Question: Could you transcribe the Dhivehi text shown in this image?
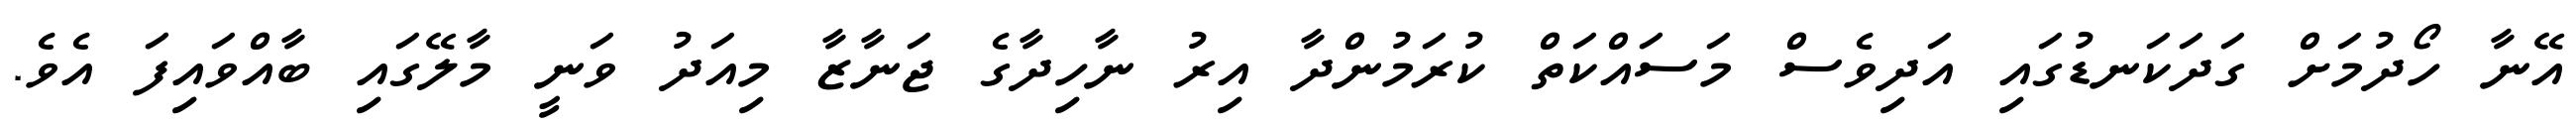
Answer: އޭނާ ހޯދުމަށް ގަދަކަނޑުގައި އަދިވެސް މަސައްކަތް ކުރަމުންދާ އިރު ނާހިދާގެ ޖަނާޒާ މިއަދު ވަނީ މާލޭގައި ބާއްވައިފަ އެވެ.